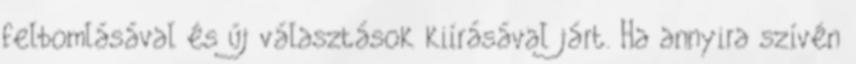
felbomlásával és új választások kiírásával járt. Ha annyira szívén